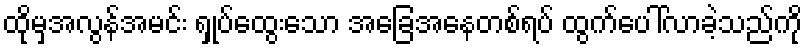
ထိုမှအလွန်အမင်း ရှုပ်ထွေးသော အခြေအနေတစ်ရပ် ထွက်ပေါ်လာခဲ့သည်ကို